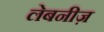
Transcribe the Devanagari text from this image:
लेबनीज़